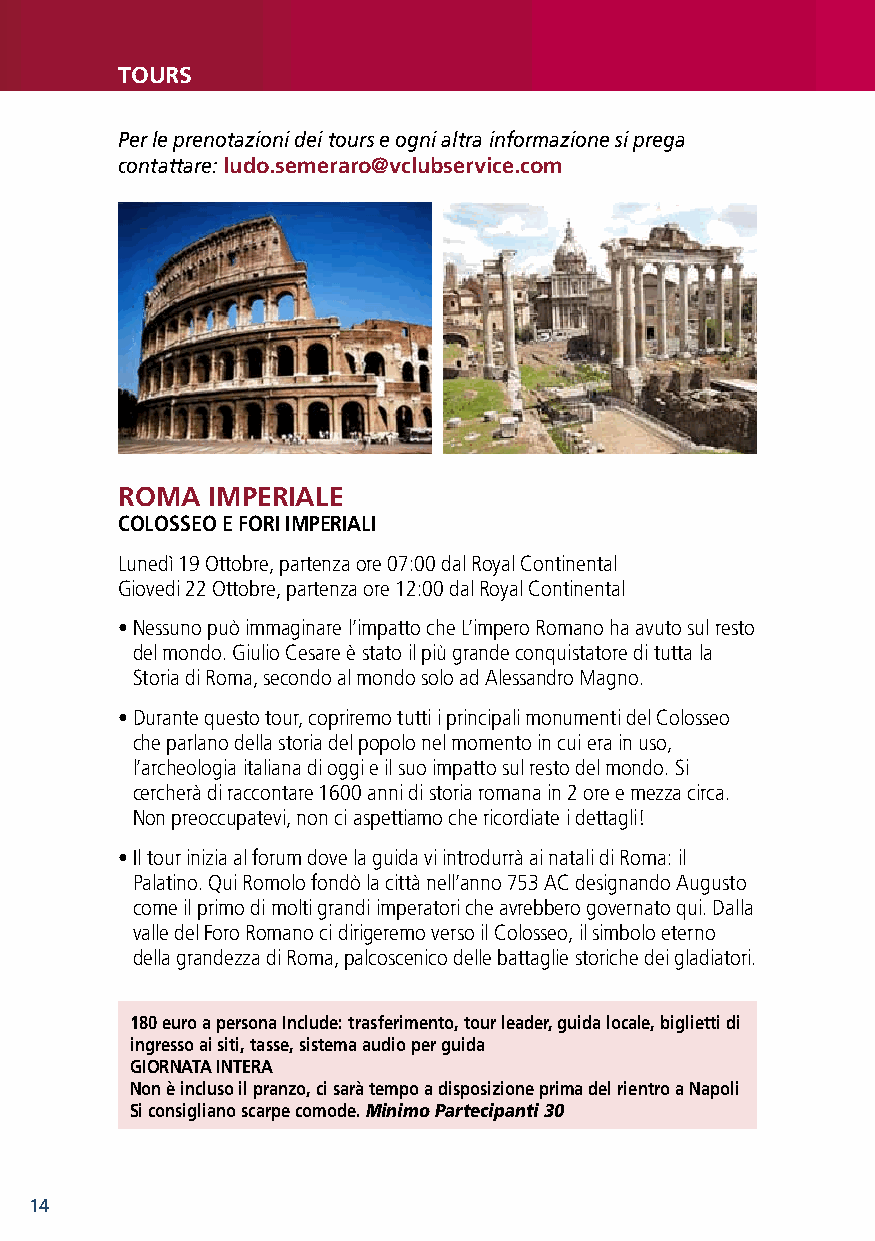
tOUrS
 Per le prenotazioni dei tours e ogni altra informazione si prega
 contattare: ludo.semeraro@vclubservice.com
 rOmA  ImPErIALE
 COLOSSEO E FOrI ImPErIALI
 Lunedì 19 Ottobre, partenza ore 07:00 dal Royal Continental
 Giovedi 22 Ottobre, partenza ore 12:00 dal Royal Continental
 • Nessuno può immaginare l’impatto che L’impero Romano ha avuto sul resto
 del mondo. Giulio Cesare è stato il più grande conquistatore di tutta la
 Storia di Roma, secondo al mondo solo ad Alessandro Magno.
 • Durante questo tour, copriremo tutti i principali monumenti del Colosseo
 che parlano della storia del popolo nel momento in cui era in uso,
 l’archeologia italiana di oggi e il suo impatto sul resto del mondo. Si
 cercherà di raccontare 1600 anni di storia romana in 2 ore e mezza circa.
 Non preoccupatevi, non ci aspettiamo che ricordiate i dettagli!
 • Il tour inizia al forum dove la guida vi introdurrà ai natali di Roma: il
 Palatino. Qui Romolo fondò la città nell’anno 753 AC designando Augusto
 come il primo di molti grandi imperatori che avrebbero governato qui. Dalla
 valle del Foro Romano ci dirigeremo verso il Colosseo, il simbolo eterno
 della grandezza di Roma, palcoscenico delle battaglie storiche dei gladiatori.
 180 euro a persona Include: trasferimento, tour leader, guida locale, biglietti di
 ingresso ai siti, tasse, sistema audio per guida
 GIOrNAtA INtErA
 Non è incluso il pranzo, ci sarà tempo a disposizione prima del rientro a Napoli
 Si consigliano scarpe comode. Minimo Partecipanti 30
 14